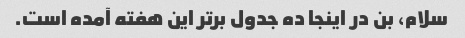
سلام، بن در اینجا ده جدول برتر این هفته آمده است.